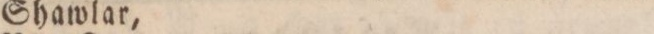
Shawlar,